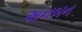
અનબન